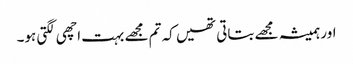
اور ہمیشہ مجھے بتاتی تھیں کہ تم مجھے بہت اچھی لگتی ہو۔